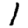
Digit: 1